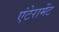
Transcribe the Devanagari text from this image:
एंटेरामेंट